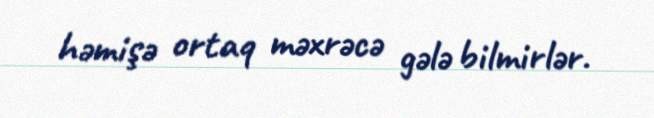
həmişə ortaq məxrəcə gələ bilmirlər.